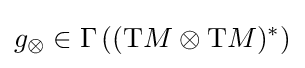
g_{\otimes }\in \Gamma \left((\mathrm {T} M\otimes \mathrm {T} M)^{*}\right)